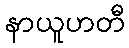
နာယူဟတီ